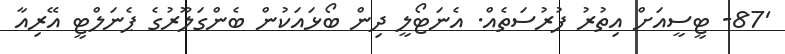
'87- ޓީސީއަށް އިތުރު ފުރުސަތެއް. އެނަޓޯލީ ދިން ބޯޅައަކުން ބެންގަލޫރުގެ ޕެނަލްޓީ އޭރިއާ